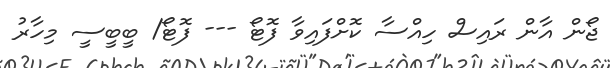
ޖޯން އާން ރައިސް ހިއްސާ ކޮށްފައިވާ ފޮޓޯ --- ފޮޓޯ/ ބީބީސީ މިހާރު